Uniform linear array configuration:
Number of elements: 8
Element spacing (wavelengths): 0.5
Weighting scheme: uniform
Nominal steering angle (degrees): -60
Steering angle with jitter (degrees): -61.792
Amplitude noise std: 0.05
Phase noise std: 0.05

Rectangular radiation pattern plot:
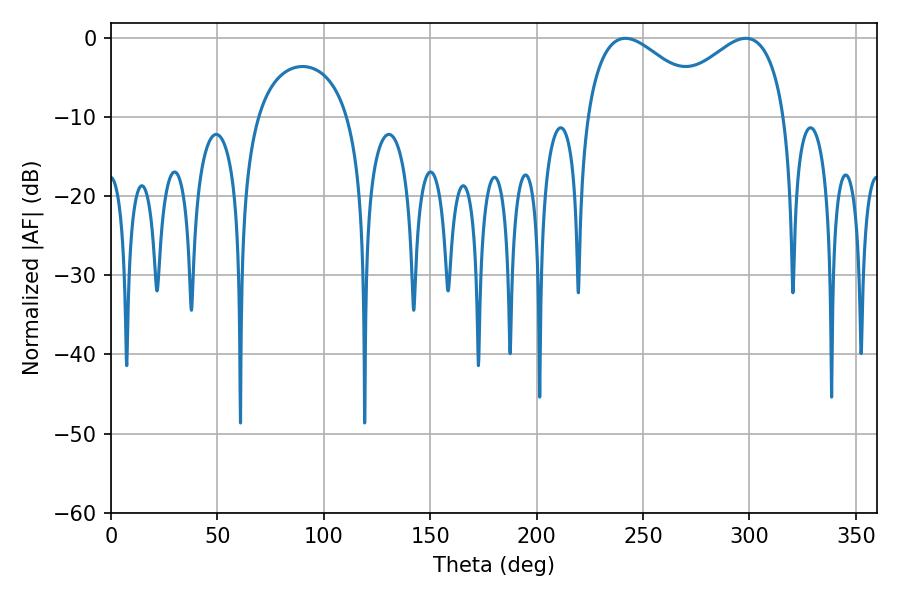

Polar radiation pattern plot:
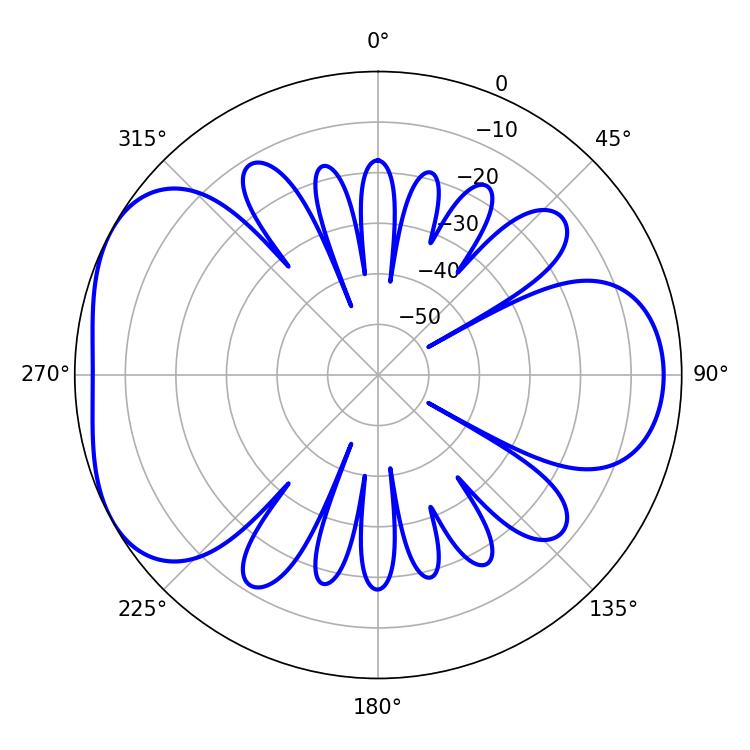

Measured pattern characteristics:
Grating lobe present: FALSE
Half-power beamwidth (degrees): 31.86
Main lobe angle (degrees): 241.74